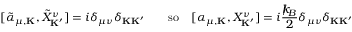
[ { \tilde { \alpha } } _ { \mu , { \bf K } } , { \tilde { X } } _ { \bf K ^ { \prime } } ^ { \nu } ] = i \delta _ { \mu \nu } \delta _ { { \bf K } { \bf K ^ { \prime } } } \qquad \mathrm { s o } \quad [ \alpha _ { \mu , { \bf K } } , X _ { \bf K ^ { \prime } } ^ { \nu } ] = i \frac { { \slash \! \! \! k } _ { \! { B } } } { 2 } \delta _ { \mu \nu } \delta _ { { \bf K } { \bf K ^ { \prime } } }